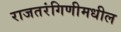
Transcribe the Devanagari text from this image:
राजतरंगिणीमधील